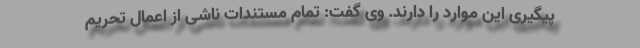
پیگیری این موارد را دارند. وی گفت: تمام مستندات ناشی از اعمال تحریم